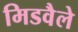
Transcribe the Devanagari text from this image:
मिडवैले